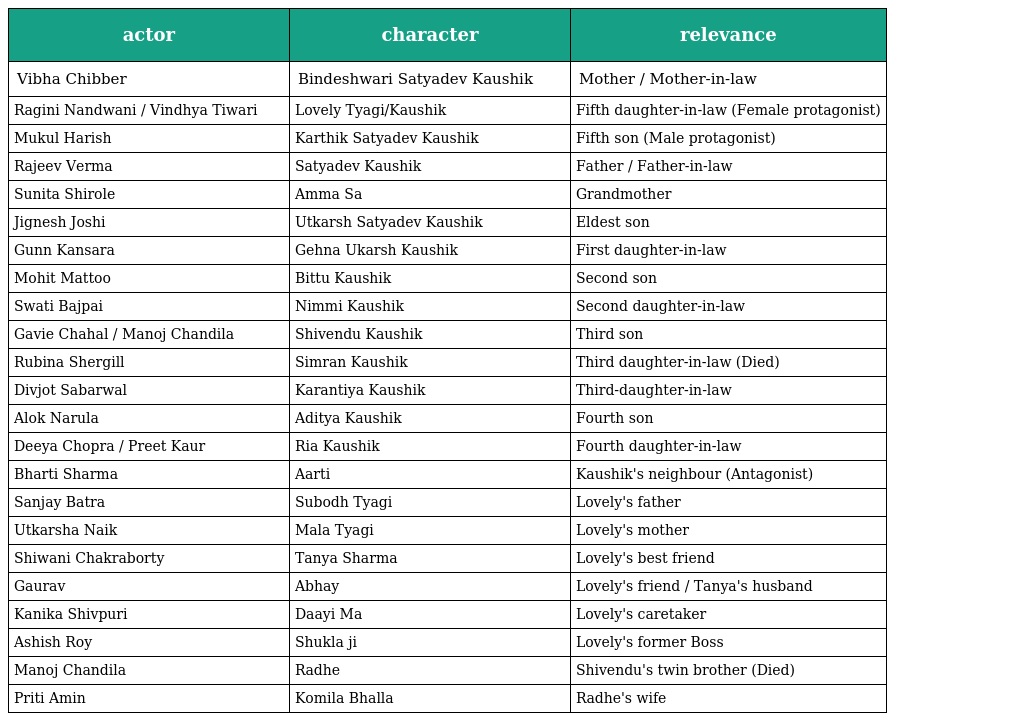
| actor | character | relevance |
 | --- | --- | --- |
 | Vibha Chibber | Bindeshwari Satyadev Kaushik | Mother / Mother-in-law |
 | Ragini Nandwani / Vindhya Tiwari | Lovely Tyagi/Kaushik | Fifth daughter-in-law (Female protagonist) |
 | Mukul Harish | Karthik Satyadev Kaushik | Fifth son (Male protagonist) |
 | Rajeev Verma | Satyadev Kaushik | Father / Father-in-law |
 | Sunita Shirole | Amma Sa | Grandmother |
 | Jignesh Joshi | Utkarsh Satyadev Kaushik | Eldest son |
 | Gunn Kansara | Gehna Ukarsh Kaushik | First daughter-in-law |
 | Mohit Mattoo | Bittu Kaushik | Second son |
 | Swati Bajpai | Nimmi Kaushik | Second daughter-in-law |
 | Gavie Chahal / Manoj Chandila | Shivendu Kaushik | Third son |
 | Rubina Shergill | Simran Kaushik | Third daughter-in-law (Died) |
 | Divjot Sabarwal | Karantiya Kaushik | Third-daughter-in-law |
 | Alok Narula | Aditya Kaushik | Fourth son |
 | Deeya Chopra / Preet Kaur | Ria Kaushik | Fourth daughter-in-law |
 | Bharti Sharma | Aarti | Kaushik's neighbour (Antagonist) |
 | Sanjay Batra | Subodh Tyagi | Lovely's father |
 | Utkarsha Naik | Mala Tyagi | Lovely's mother |
 | Shiwani Chakraborty | Tanya Sharma | Lovely's best friend |
 | Gaurav | Abhay | Lovely's friend / Tanya's husband |
 | Kanika Shivpuri | Daayi Ma | Lovely's caretaker |
 | Ashish Roy | Shukla ji | Lovely's former Boss |
 | Manoj Chandila | Radhe | Shivendu's twin brother (Died) |
 | Priti Amin | Komila Bhalla | Radhe's wife |